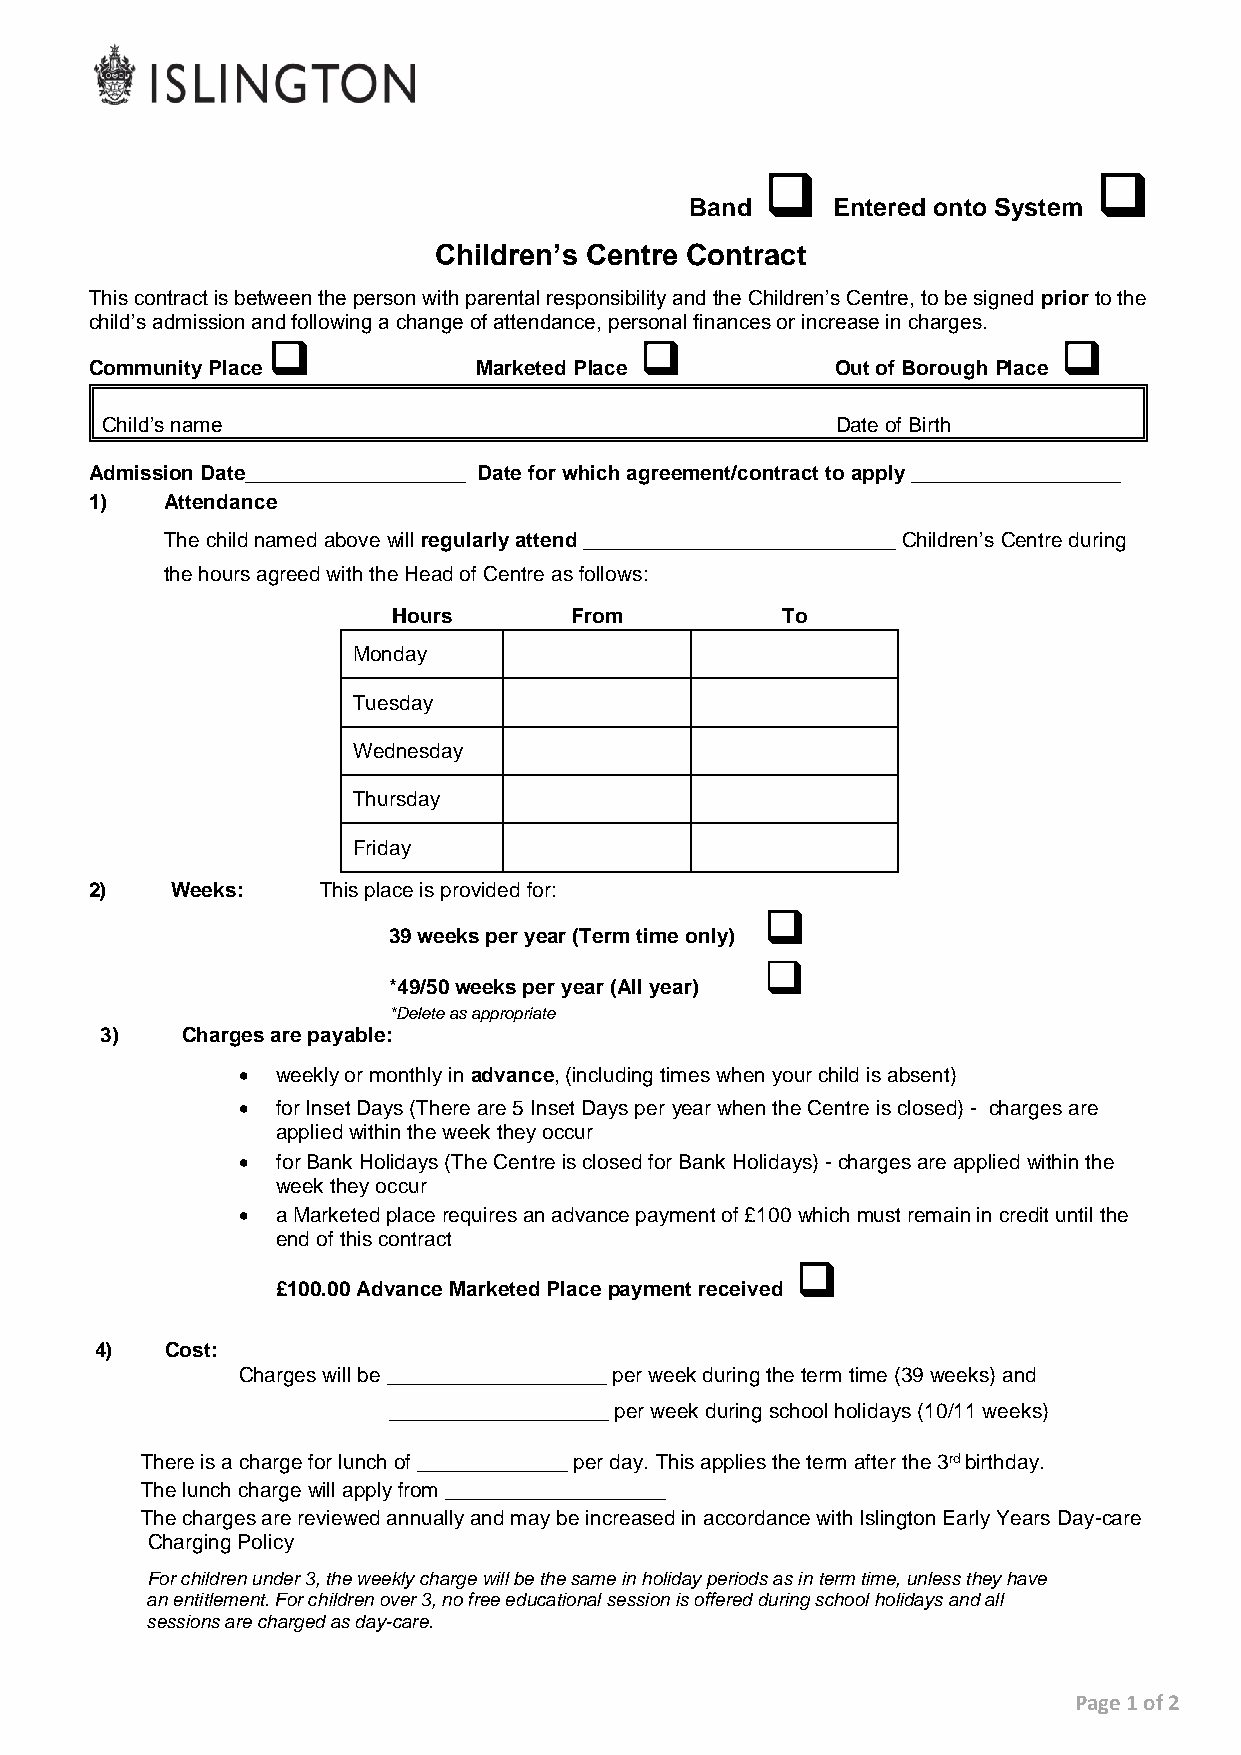
                     
 Band     Entered onto System
 Children’s Centre Contract
 This contract is between the person with parental responsibility and the Children’s Centre, to be signed prior to the
 child’s admission and following a change of attendance, personal finances or increase in charges.
                                                   
 Community Place           Marketed Place         Out of Borough Place
 Child’s name                                    Date of Birth
 Admission Date___________________ Date for which agreement/contract to apply __________________
 1)   Attendance
 The child named above will regularly attend ___________________________ Children’s Centre during
 the hours agreed with the Head of Centre as follows:
 Hours       From          To
 Monday
 Tuesday
 Wednesday
 Thursday
 Friday
 2)   Weeks:    This place is provided for:
 
 39 weeks per year (Term time only)
 
 *49/50 weeks per year (All year)
 *Delete as appropriate
 3)   Charges are payable:
  weekly or monthly in advance, (including times when your child is absent)
  for Inset Days (There are 5 Inset Days per year when the Centre is closed) - charges are
 applied within the week they occur
  for Bank Holidays (The Centre is closed for Bank Holidays) - charges are applied within the
 week they occur
  a Marketed place requires an advance payment of £100 which must remain in credit until the
 end of this contract
 
 £100.00 Advance Marketed Place payment received
 4)   Cost:
 Charges will be ___________________ per week during the term time (39 weeks) and
 ___________________ per week during school holidays (10/11 weeks)
 There is a charge for lunch of _____________ per day. This applies the term after the 3rd birthday.
 The lunch charge will apply from ___________________
 The charges are reviewed annually and may be increased in accordance with Islington Early Years Day-care
 Charging Policy
 For children under 3, the weekly charge will be the same in holiday periods as in term time, unless they have
 an entitlement. For children over 3, no free educational session is offered during school holidays and all
 sessions are charged as day-care.
 Page 1 of 2